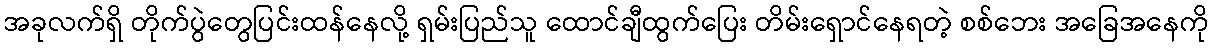
အခုလက်ရှိ တိုက်ပွဲတွေပြင်းထန်နေလို့ ရှမ်းပြည်သူ ထောင်ချီထွက်ပြေး တိမ်းရှောင်နေရတဲ့ စစ်ဘေး အခြေအနေကို